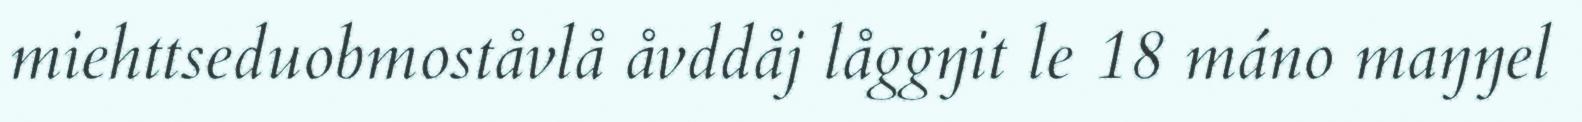
miehttseduobmoståvlå åvddåj låggŋit le 18 máno maŋŋel